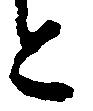
と